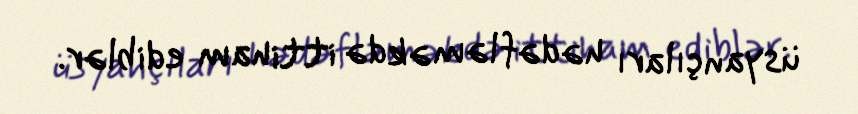
üsyançıları hədəfləməkdə ittiham ediblər.